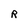
Character: R